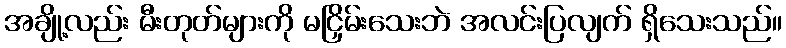
အချို့လည်း မီးတုတ်များကို မငြှိမ်းသေးဘဲ အလင်းပြလျက် ရှိသေးသည်။